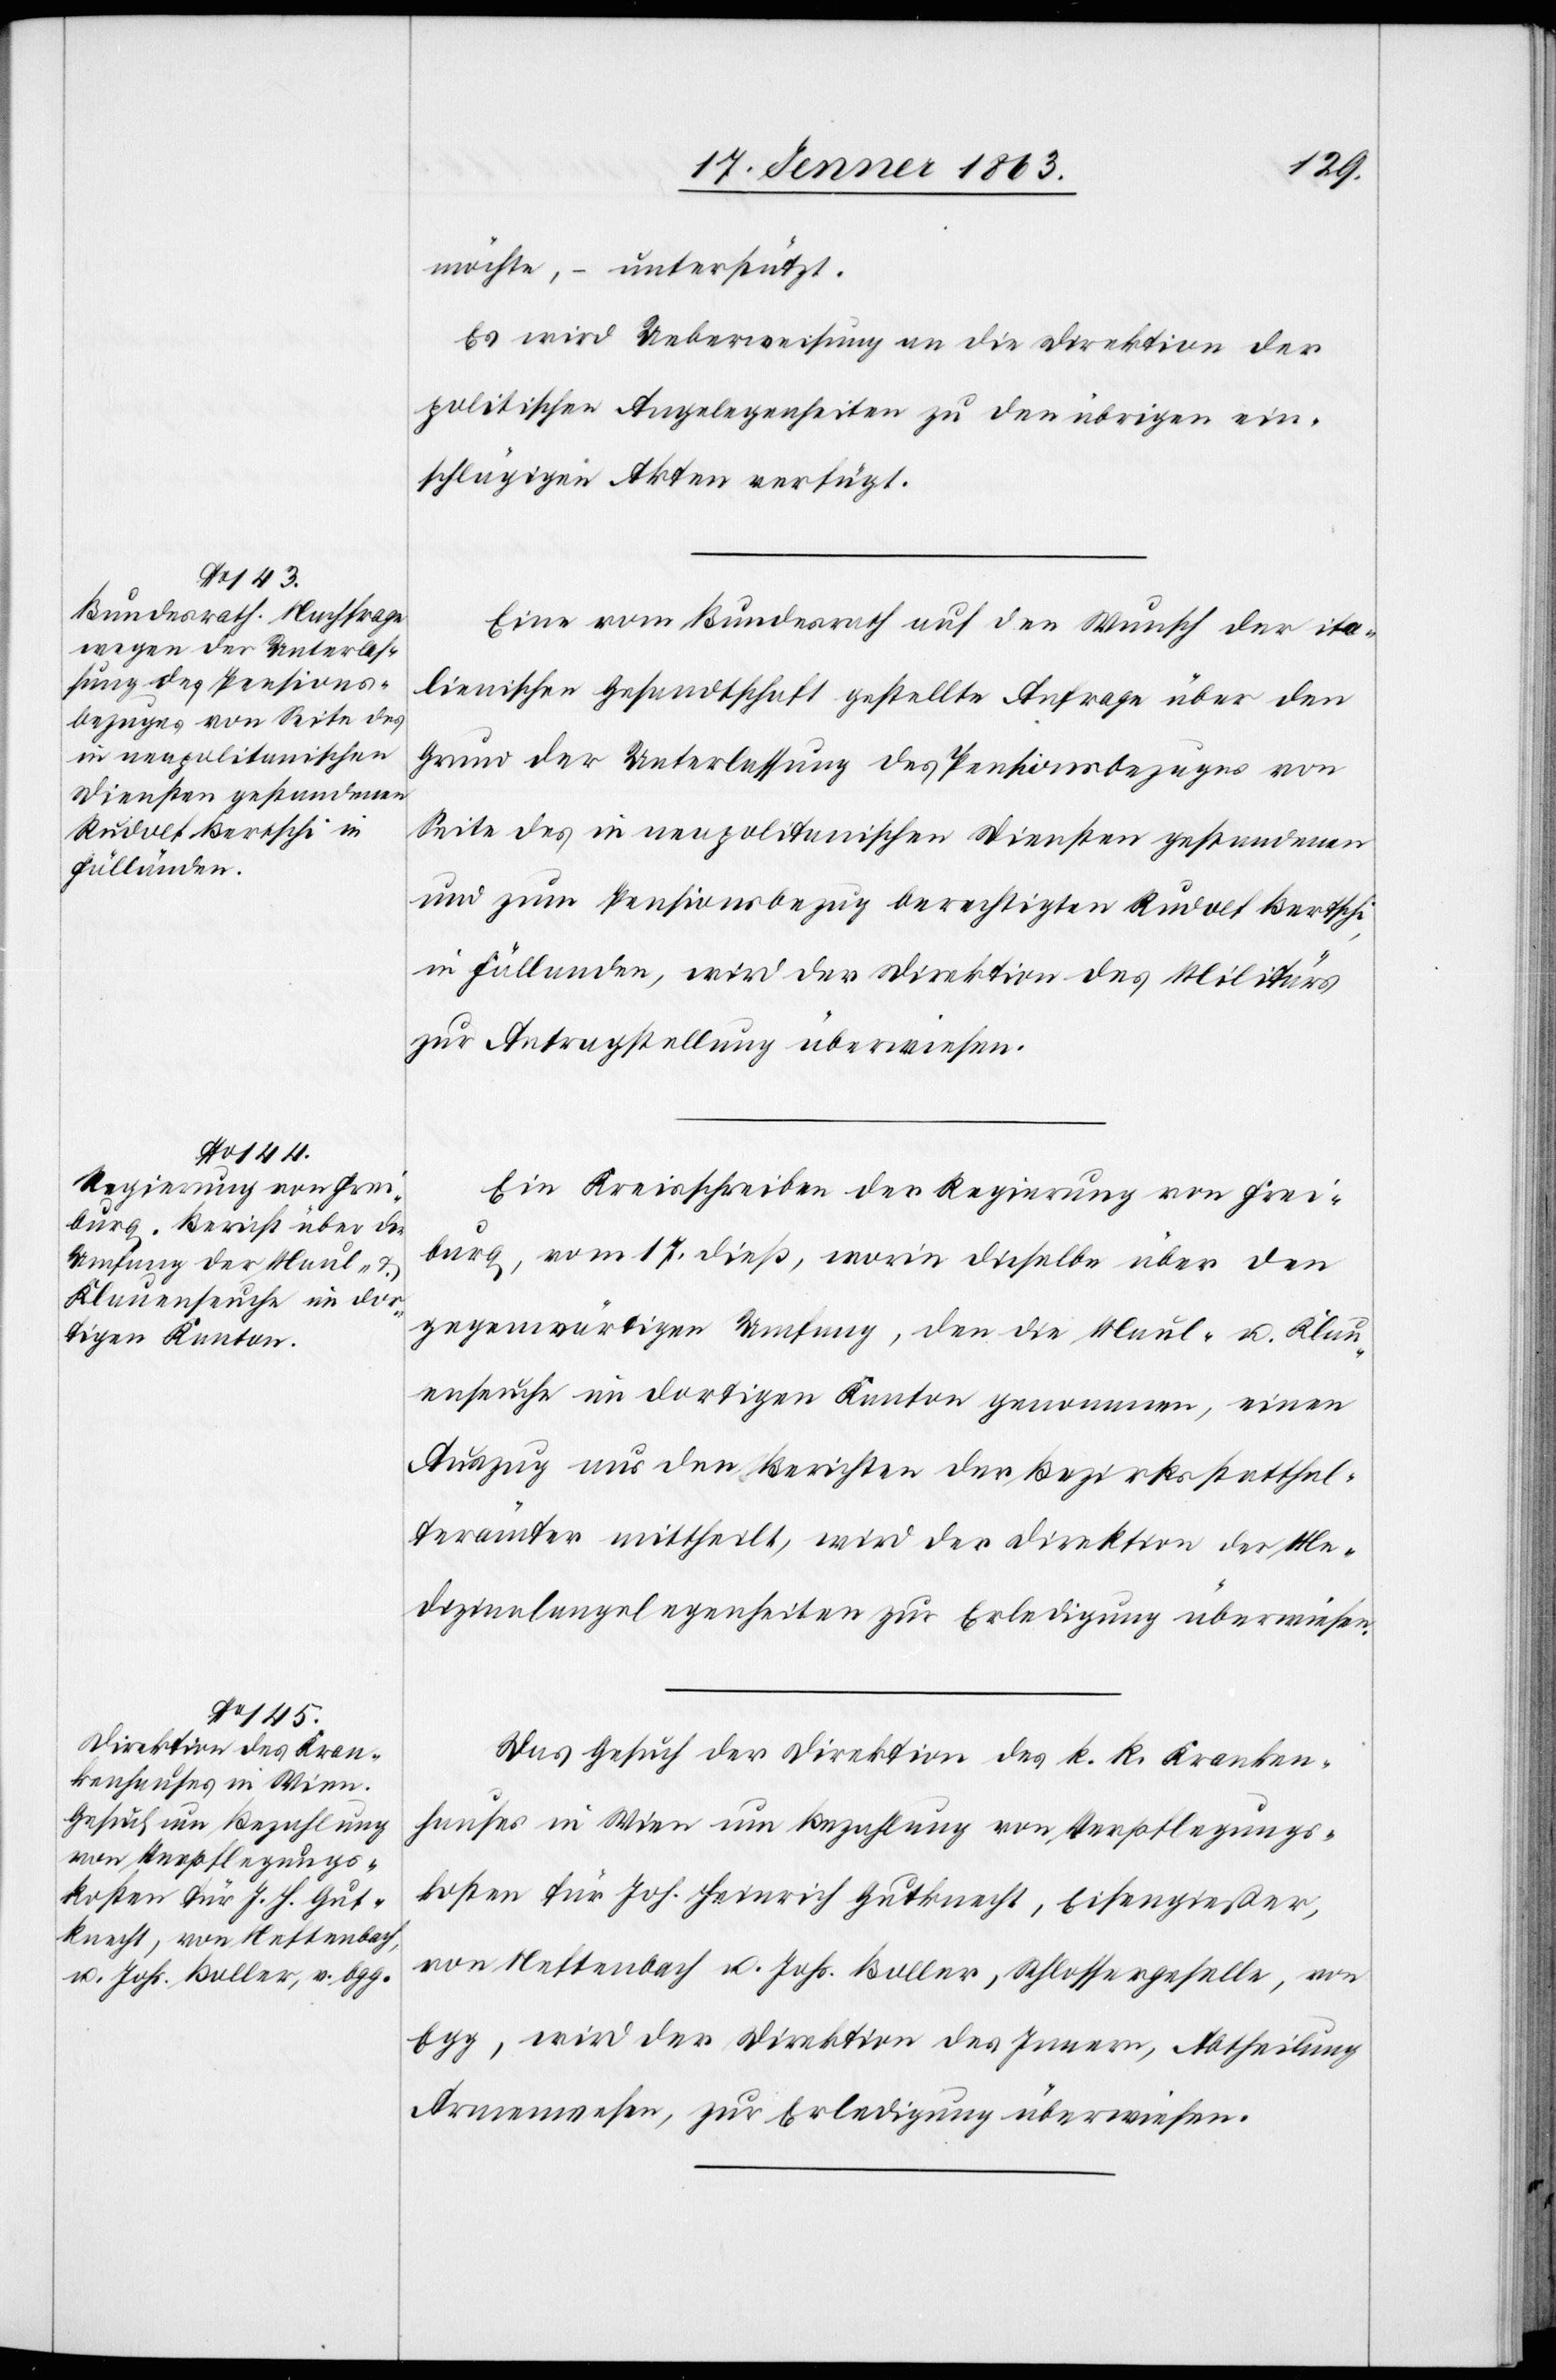
22. Jenner 1863.]
möchte, – unterstützt.
Es wird Ueberweisung an die Direktion der
politischen Angelegenheiten zu den übrigen ein¬
schlägigen Akten verfügt.
Eine vom Bundesrath auf den Wunsch der ita¬
lienischen Gesandtschaft gestellte Anfrage über den
Grund der Unterlassung des Pensionsbezuges von
Seite des in neapolitanischen Diensten gestandenen
und zum Pensionsbezug berechtigten Rudolf Bertschi,
in Fällanden, wird der Direktion des Militärs
zur Antragstellung überwiesen.
Ein Kreisschreiben der Regierung von Frei¬
burg, vom 17. dieß, worin dieselbe über den
gegenwärtigen Umfang, den die Maul- u. Klau¬
enseuche im dortigen Kanton genommen, einen
Auszug aus den Berichten der Bezirksstatthal¬
terämter mittheilt, wird der Direktion der Me¬
dizinalangelegenheiten zur Erledigung überwiesen.
Das Gesuch der Direktion des k. k. Kranken¬
hauses in Wien um Bezahlung von Verpflegungs¬
kosten für Joh. Heinrich Gutknecht, Eisengießer,
von Neftenbach u. Johs. Boller, Schlossergeselle, von
Egg, wird der Direktion des Innern, Abtheilung
Armenwesen, zur Erledigung überwiesen.